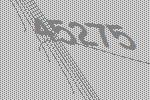
45275